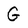
Character: G